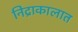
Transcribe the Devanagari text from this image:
निद्राकालात